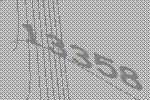
13358